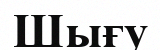
Шығу